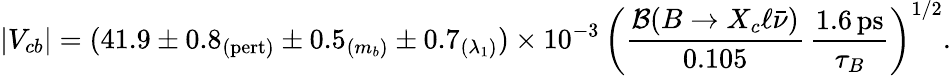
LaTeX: |V_{cb}|=(41.9\pm 0.8_{(\mathrm{pert)}}\pm 0.5_{(m_{b})}\pm 0.7_{(\lambda_{1})})\times 10^{-3}\, \bigg({\frac{{\cal B}(B\to X_{c}\ell\bar{\nu})}{0.105}}\, {\frac{1.6\, \mathrm{ps}}{\tau_{B}}}\bigg)^{1/2}.